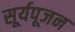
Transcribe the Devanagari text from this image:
सूर्यपूजन